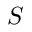
S